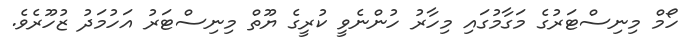
ހޯމް މިނިސްޓަރުގެ މަގާމުގައި މިހާރު ހުންނެވީ ކުރީގެ ޔޫތް މިނިސްޓަރު އަހުމަދު ޒުހޫރެވެ.